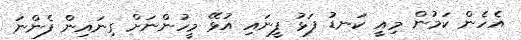
އެހެން ކަމުން މިއީ ކަނޑު ފަޅު ފީނައި އުޅޭ މީހުންނަށް ގިނައިން ފެންނަ